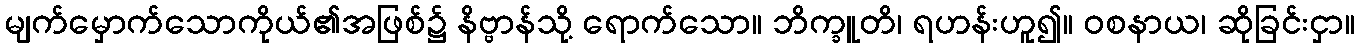
မျက်မှောက်သောကိုယ်၏အဖြစ်၌ နိဗ္ဗာန်သို့ ရောက်သော။ ဘိက္ခူတိ၊ ရဟန်းဟူ၍။ ဝစနာယ၊ ဆိုခြင်းငှာ။